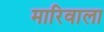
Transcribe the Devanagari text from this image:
मारिवाला